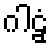
ဂါဠှံ